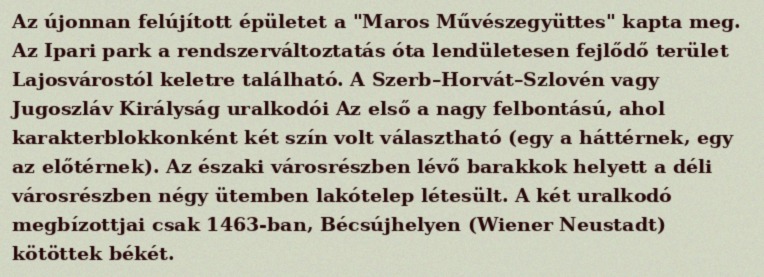
Az újonnan felújított épületet a "Maros Művészegyüttes" kapta meg. Az Ipari park a rendszerváltoztatás óta lendületesen fejlődő terület Lajosvárostól keletre található. A Szerb–Horvát–Szlovén vagy Jugoszláv Királyság uralkodói Az első a nagy felbontású, ahol karakterblokkonként két szín volt választható (egy a háttérnek, egy az előtérnek). Az északi városrészben lévő barakkok helyett a déli városrészben négy ütemben lakótelep létesült. A két uralkodó megbízottjai csak 1463-ban, Bécsújhelyen (Wiener Neustadt) kötöttek békét.